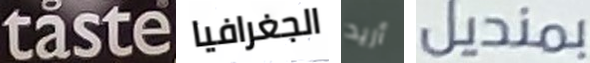
taste الجغرافيا أريد بمنديل